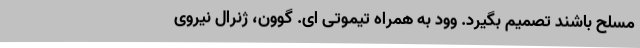
مسلح باشند تصمیم بگیرد. وود به همراه تیموتی ای. گوون، ژنرال نیروی